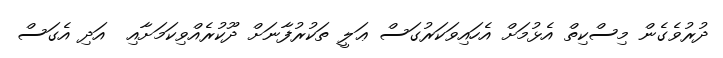
ދުރުވެގެން މިސްކިތް އެޅުމަށް އެހައިވަކަރުގަސް ޢަލީ ތަކުރުފާނަށް ދޫކުރެއްވިކަމަށާއި  އަދި އެގަސް